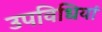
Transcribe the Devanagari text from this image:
उपविधियां